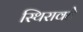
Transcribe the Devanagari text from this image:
स्थिरावते